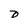
Character: D